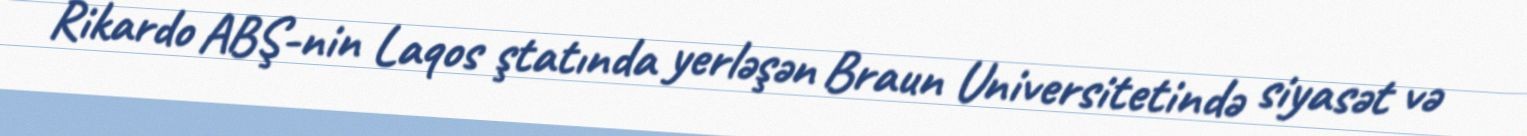
Rikardo ABŞ-nin Laqos ştatında yerləşən Braun Universitetində siyasət və